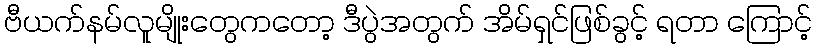
ဗီယက်နမ်လူမျိုးတွေကတော့ ဒီပွဲအတွက် အိမ်ရှင်ဖြစ်ခွင့် ရတာ ကြောင့်